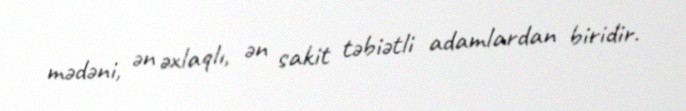
mədəni, ən əxlaqlı, ən sakit təbiətli adamlardan biridir.